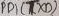
Text: PD1 (TXD)